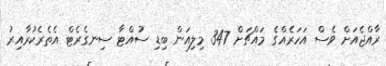
ރާއްޖެއަށް ވެސް އަހަރެއްގެ މައްޗަށް 347 މިލިއަން ބިޑި ސުއްޓާ ސިނގެރެޓް އެތެރެކުރާއިރު